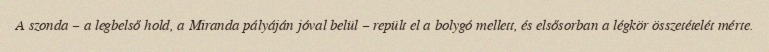
A szonda – a legbelső hold, a Miranda pályáján jóval belül – repült el a bolygó mellett, és elsősorban a légkör összetételét mérte.